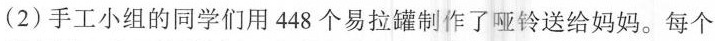
(2)手工小组的同学们用448个易拉罐制作了哑铃送给妈妈。每个